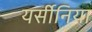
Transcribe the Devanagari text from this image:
यर्सीनिया